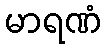
မာရဏံ